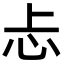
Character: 忐